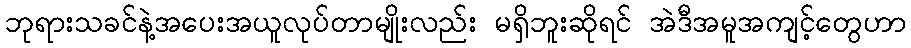
ဘုရားသခင်နဲ့အပေးအယူလုပ်တာမျိုးလည်း မရှိဘူးဆိုရင် အဲဒီအမူအကျင့်တွေဟာ